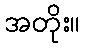
အတိုး။